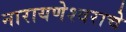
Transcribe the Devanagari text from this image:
नारायणेश्वराचे